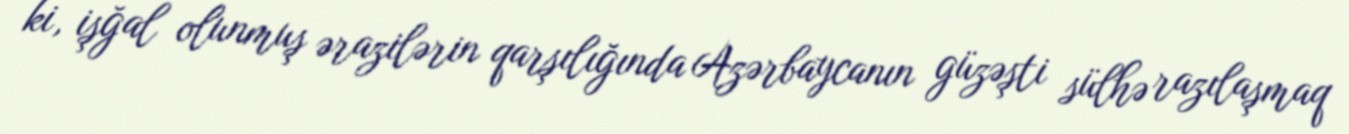
ki, işğal olunmuş ərazilərin qarşılığında Azərbaycanın güzəşti sülhə razılaşmaq